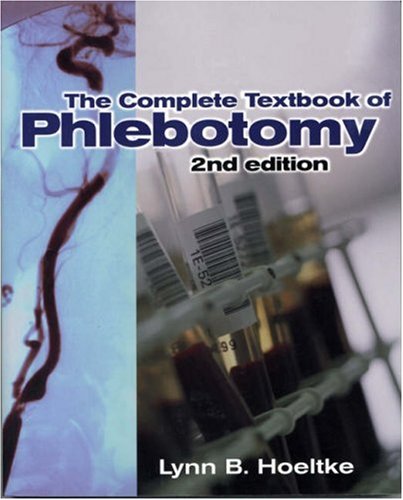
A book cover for Complete Textbook of Phlebotomy, 2E (Medical Lab Technician); Lynn B. Hoeltke; Medical Books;